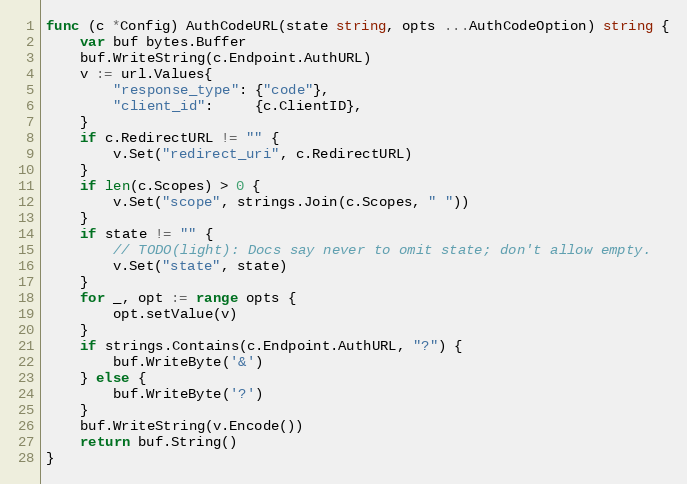
Language: Go
func (c *Config) AuthCodeURL(state string, opts ...AuthCodeOption) string {
	var buf bytes.Buffer
	buf.WriteString(c.Endpoint.AuthURL)
	v := url.Values{
		"response_type": {"code"},
		"client_id":     {c.ClientID},
	}
	if c.RedirectURL != "" {
		v.Set("redirect_uri", c.RedirectURL)
	}
	if len(c.Scopes) > 0 {
		v.Set("scope", strings.Join(c.Scopes, " "))
	}
	if state != "" {
		// TODO(light): Docs say never to omit state; don't allow empty.
		v.Set("state", state)
	}
	for _, opt := range opts {
		opt.setValue(v)
	}
	if strings.Contains(c.Endpoint.AuthURL, "?") {
		buf.WriteByte('&')
	} else {
		buf.WriteByte('?')
	}
	buf.WriteString(v.Encode())
	return buf.String()
}